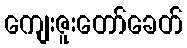
ကျေးဇူးတော်ခေတ်